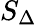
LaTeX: S_{\Delta}